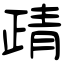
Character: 靕